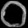
Digit: ၀